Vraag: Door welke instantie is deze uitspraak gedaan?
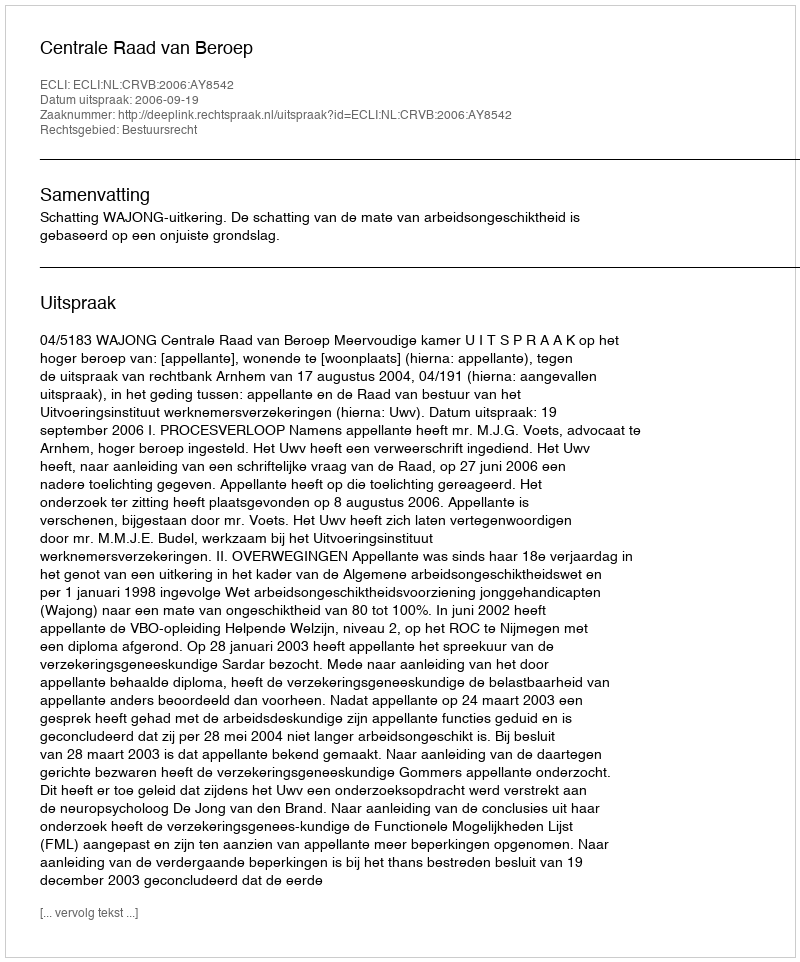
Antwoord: Centrale Raad van Beroep